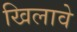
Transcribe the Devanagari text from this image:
खिलावे